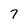
Character: 7